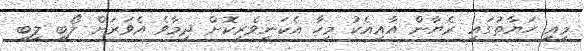
މިއީ ހަޔާތުގައި ރެޔާން އާއިއެކު މިހާ އެކަނިވެރިކޮށް ދިމާވެ އެވަރަށް ލޯބި ލިބި